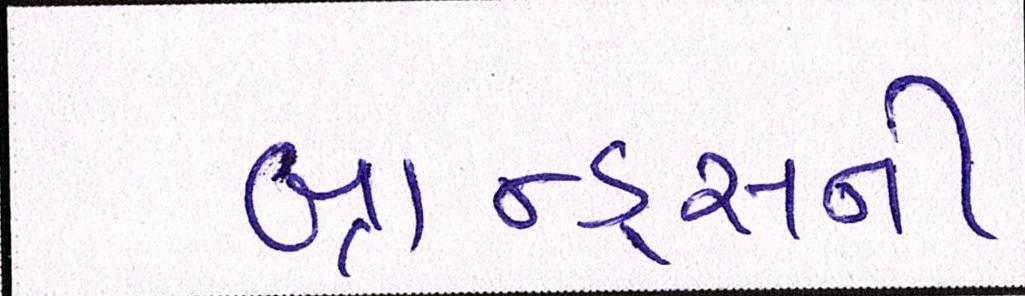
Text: બ્રાન્ડ્સની